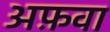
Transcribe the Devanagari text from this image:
अफ़वा